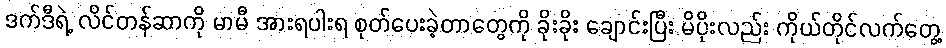
ဒက်ဒီရဲ့ လိင်တန်ဆာကို မာမီ အားရပါးရ စုတ်ပေးခဲ့တာတွေကို ခိုးခိုး ချောင်းပြီး မိပိုးလည်း ကိုယ်တိုင်လက်တွေ့